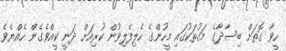
ހީވާ ގޮތަށް ބިސާދާގެ މަގުތަކުގައި މީހުންގެ ހެލިފެލިވުން ކުރިއަށް ދަނީ ކީއްވެގެން ހެއްޔެވެ